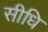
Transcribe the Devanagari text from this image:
सीधि